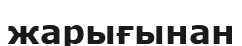
жарығынан